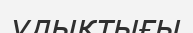
ұлықтығы